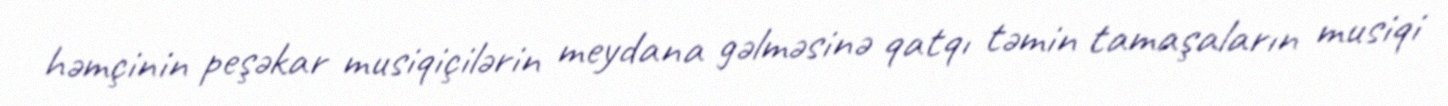
həmçinin peşəkar musiqiçilərin meydana gəlməsinə qatqı təmin tamaşaların musiqi